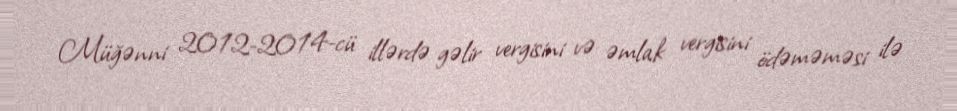
Müğənni 2012-2014-cü illərdə gəlir vergisini və əmlak vergisini ödəməməsi ilə